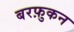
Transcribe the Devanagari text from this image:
बरफ़ुकन